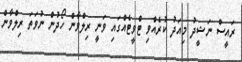
ރައީސް ނަޝީދު މިއަދު ކުރެއްވި ޓްވީޓެއްގައި ވަނީ ރިލްވާން ހޯދުން ނުވަތަ ރިލްވާން